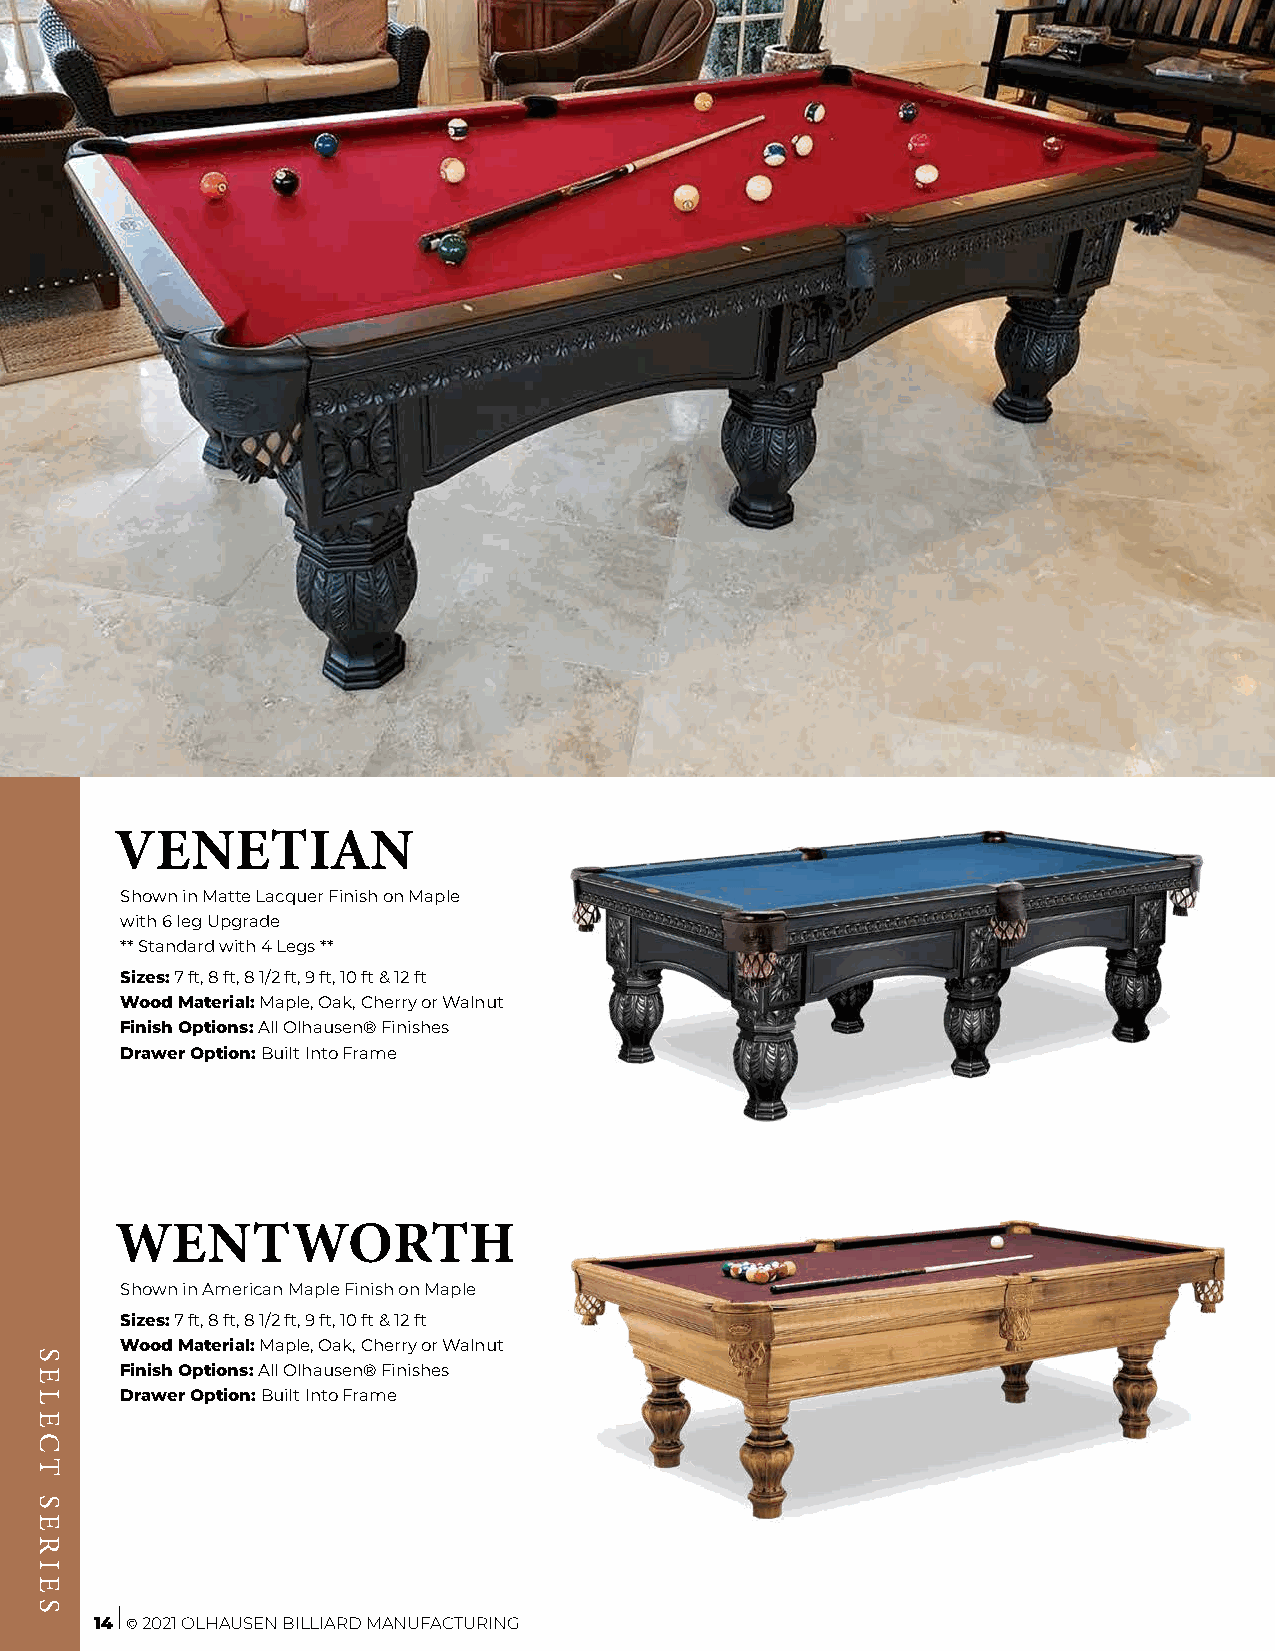
VENETIAN
 Shown in Matte Lacquer Finish on Maple
 with 6 leg Upgrade
 ** Standard with 4 Legs **
 Sizes: 7 ft, 8 ft, 8 1/2 ft, 9 ft, 10 ft & 12 ft
 Wood Material: Maple, Oak, Cherry or Walnut
 Finish Options: All Olhausen® Finishes
 Drawer Option: Built Into Frame
 WENTWORTH
 Shown in American Maple Finish on Maple
 Sizes: 7 ft, 8 ft, 8 1/2 ft, 9 ft, 10 ft & 12 ft
 Wood Material: Maple, Oak, Cherry or Walnut
 Finish Options: All Olhausen® Finishes
 Drawer Option: Built Into Frame
 14 © 2021 OLHAUSEN BILLIARD MANUFACTURING
 SELECT
 SERIES